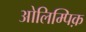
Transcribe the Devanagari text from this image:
ओलिम्पिक़